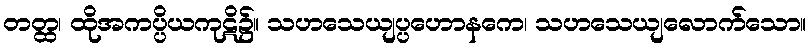
တတ္ထ၊ ထိုအကပ္ပိယကုဋိ၌။ သဟသေယျပ္ပဟောနကေ၊ သဟသေယျလောက်သော။